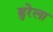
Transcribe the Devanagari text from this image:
ढुरेला